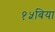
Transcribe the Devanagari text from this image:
१५बिया